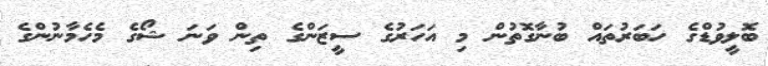
ބޮލީވުޑްގެ ހަބަރުތައް ބުނާގޮތުން މި އަހަރުގެ ސީޒަންގެ ތިން ވަނަ ޝޯގެ މެހެމާނުންގެ